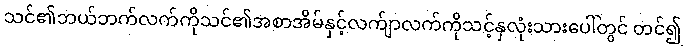
သင်၏ဘယ်ဘက်လက်ကိုသင်၏အစာအိမ်နှင့်လက်ျာလက်ကိုသင့်နှလုံးသားပေါ်တွင် တင်၍